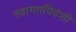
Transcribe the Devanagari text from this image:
स्वागतविदेशी